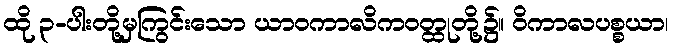
ထို ၃-ပါးတို့မှကြွင်းသော ယာဝကာလိကဝတ္ထုတို့၌။ ဝိကာလပစ္စယာ၊